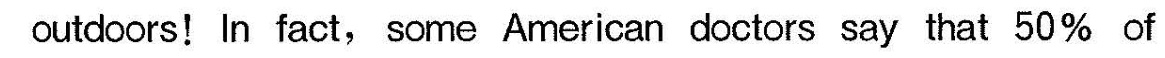
air outdoors! In fact, some American doctors say that 50% of